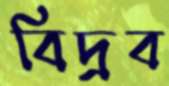
বিদ্রব